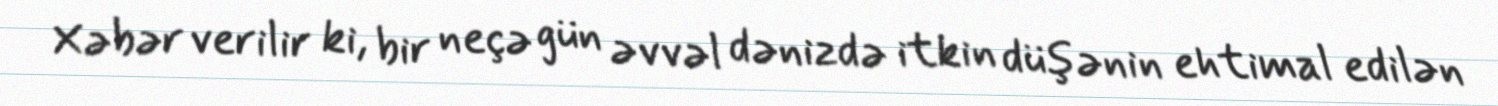
Xəbər verilir ki, bir neçə gün əvvəl dənizdə itkin düşənin ehtimal edilən